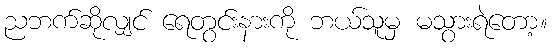
ညဘက်ဆိုလျှင် ရေတွင်းနားကို ဘယ်သူမှ မသွားရဲတော့။